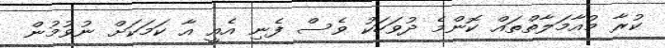
ކުރާ މުއާމަލާތްތައް ކޮންމެ ދުވަހަކު ވެސް ފެނި އެއީ އާ ކަމަކަށް ނުވުމުން